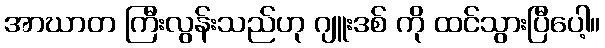
အာဃာတ ကြီးလွန်းသည်ဟု ဂျူးဒစ် ကို ထင်သွားပြီပေါ့။